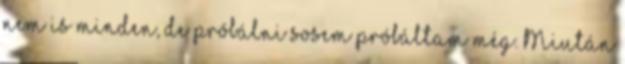
nem is minden, de próbálni sosem próbáltam még. Miután